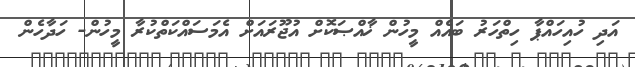
އަދި ހުއިހައްޕާ ހިތްހަރު ބައެއް މީހުން ޚާއްޞަކޮށް އުޖޫރައަށް އެމަސައްކަތްކުރާ މީހުން- ހަދާހެން